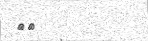
٩٠